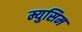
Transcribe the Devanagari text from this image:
म्युसिम